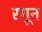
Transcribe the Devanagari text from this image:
रगून